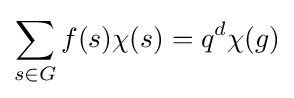
\sum _{s\in G}f(s)\chi (s)=q^{d}\chi (g)